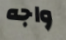
واجه